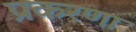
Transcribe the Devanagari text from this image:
प्रकरणा